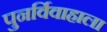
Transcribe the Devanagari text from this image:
पुनर्विवाहाला